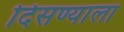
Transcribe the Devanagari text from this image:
दिसण्याला